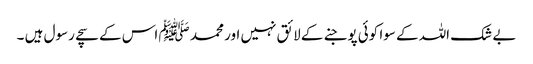
بے شک اللہ کے سوا کوئی پوجنے کے لائق نہیں اور محمد ﷺ اس کے سچے رسول ہیں ۔